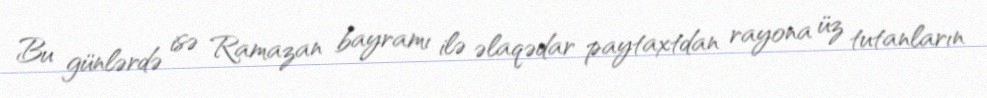
Bu günlərdə isə Ramazan bayramı ilə əlaqədar paytaxtdan rayona üz tutanların